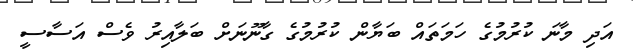
އަދި މާނަ ކުރުމުގެ ހަމަތައް ބަޔާން ކުރުމުގެ ގާނޫނަށް ބަލާއިރު ވެސް އަސާސީ